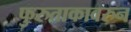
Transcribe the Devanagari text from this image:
फुरुताकावरुन